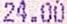
24.00